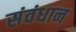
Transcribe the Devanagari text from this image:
संवंधान